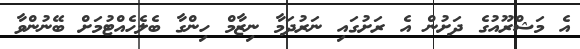
އެ މަޝްރޫއުގެ ދަށުން އެ ރަށުގައި ނަރުދަމާ ނިޒާމް ހިންގާ ބެލެހެއްޓުމަށް ބޭނުންވާ